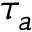
\tau _ { a }